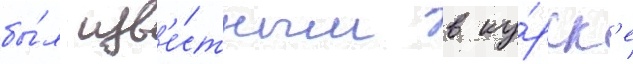
бы́л изв'е́стным в ку́рск'е